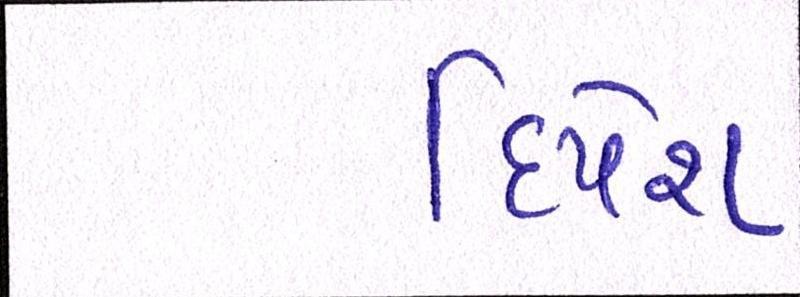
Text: દિપેશ